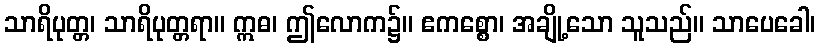
သာရိပုတ္တ၊ သာရိပုတ္တရာ။ ဣဓ၊ ဤလောက၌။ ဧကစ္စော၊ အချို့သော သူသည်။ သာပေခေါ၊